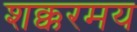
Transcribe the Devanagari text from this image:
शक्करमय